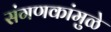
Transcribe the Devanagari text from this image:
संगणकांमुळे